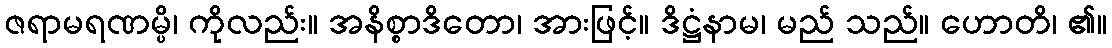
ဇရာမရဏမ္ပိ၊ ကိုလည်း။ အနိစ္စာဒိတော၊ အားဖြင့်။ ဒိဋ္ဌံနာမ၊ မည် သည်။ ဟောတိ၊ ၏။